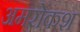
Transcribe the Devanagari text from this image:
अमरोकश